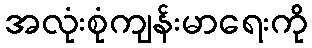
အလုံးစုံကျန်းမာရေးကို